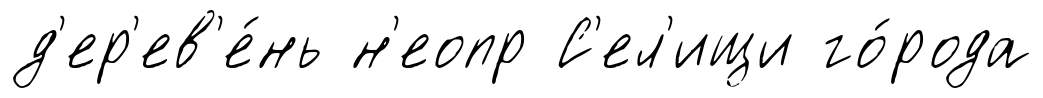
д'ер'ев'е́нь н'еопр С'ел'ищи го́рода